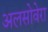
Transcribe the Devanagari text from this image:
अलसोवेरा